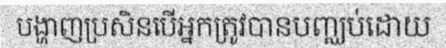
បង្ហាញប្រសិនបើអ្នកត្រូវបានបញ្ឈប់ដោយ